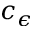
c _ { \epsilon }